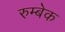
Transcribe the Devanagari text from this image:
रुम्बेक